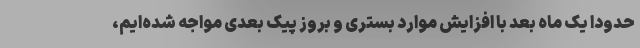
حدودا یک ماه بعد با افزایش موارد بستری و بروز پیک بعدی مواجه‌ شده‌ایم،